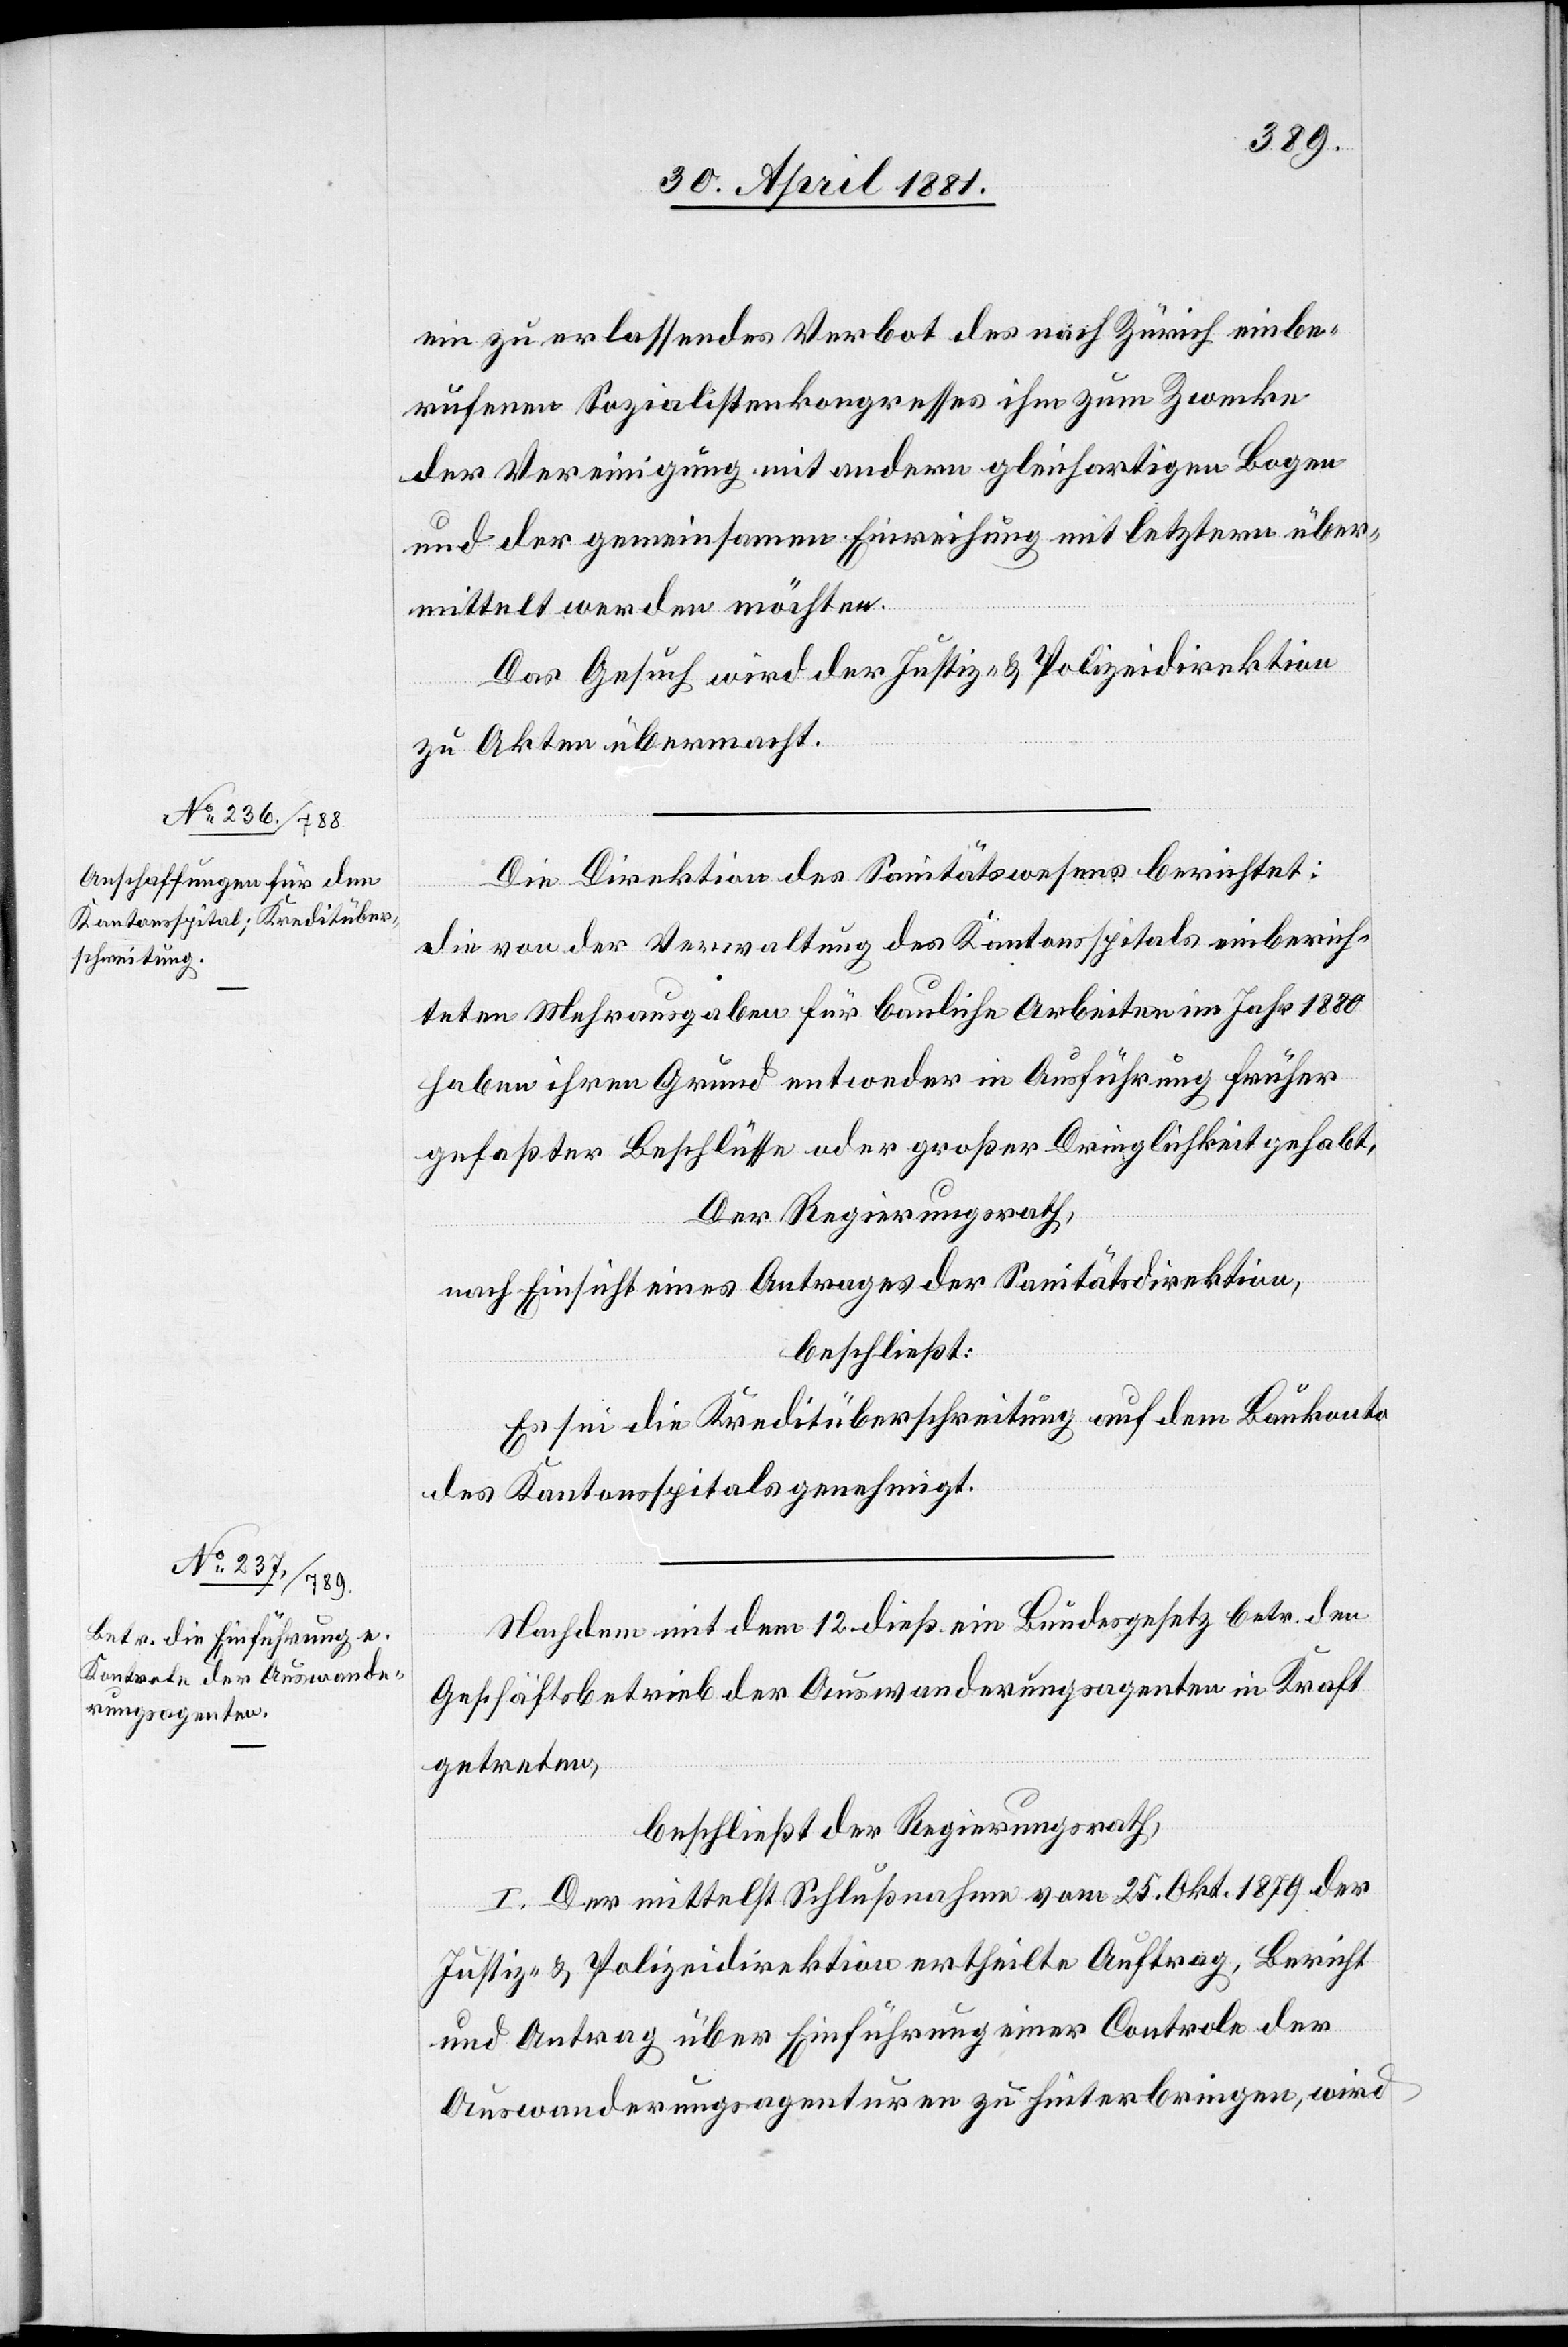
ein zu erlassendes Verbot des nach Zürich einbe¬
rufenen Sozialistenkongresses ihm zum Zwecke
der Vereinigung mit andern gleichartigen Logen
und der gemeinsamen Einweihung mit letztern über¬
mittelt werden möchten.
Das Gesuch wird der Justiz- & Polizeidirektion
zu Akten übermacht.
Die Direktion des Sanitätswesens berichtet:
die von der Verwaltung des Kantonsspitals einberich¬
teten Mehrausgaben für bauliche Arbeiten im Jahre 1880
haben ihren Grund entweder in Ausführung früher
gefaßter Beschlüsse oder großer Dringlichkeit gehabt.
Der Regierungsrath,
nach Einsicht eines Antrages der Sanitätsdirektion,
beschließt:
Es sei die Kreditüberschreitung auf dem Baukonto
des Kantonsspitals genehmigt.
Nachdem mit dem 12. dieß ein Bundesgesetz betr. den
Geschäftsbetrieb der Auswanderungsagenturen in Kraft
getreten,
beschließt der Regierungsrath,
I. Der mittelst Schlußnahme vom 25. Okt. 1879 der
Justiz- & Polizeidirektion ertheilte Auftrag, Bericht
und Antrag über Einführung einer Controle der
Auswanderungsagenturen zu hinterbringen, wird